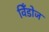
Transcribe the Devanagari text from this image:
विँडोज